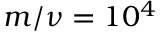
m / \nu = 1 0 ^ { 4 }